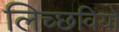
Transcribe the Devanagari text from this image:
लिच्छवियाें